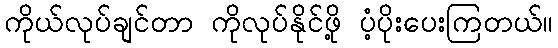
ကိုယ်လုပ်ချင်တာ ကိုလုပ်နိုင်ဖို့ ပံ့ပိုးပေးကြတယ်။